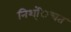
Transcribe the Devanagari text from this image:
निश्ंिचत